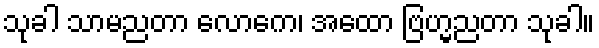
သုခါ သာမညတာ လောကေ၊ အထော ဗြဟ္မညတာ သုခါ။